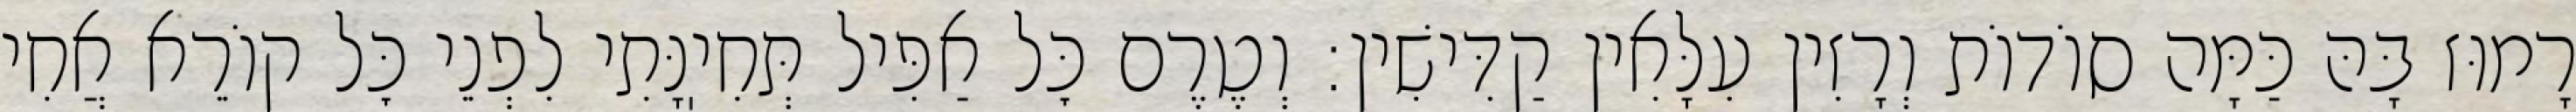
רָמוּז בָּהּ כַּמָּה סוֹדוֹת וְרָזִין עִלָּאִין קַדִּישִׁין: וְטֶרֶם כׇּל אַפִּיל תְּחִיֽנָּתִי לִפְנֵי כׇּל קוֹרֵא אֲחִי